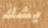
يشك